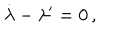
LaTeX: \dot { \lambda } - \lambda ^ { \prime } = 0 \, ,